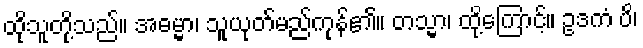
ထိုသူတို့သည်။ အဓမ္မာ၊ သူယုတ်မည်ကုန်၏။ တသ္မာ၊ ထို့ကြောင့်။ ဥဒကံ ပိ၊